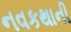
નવકથાની